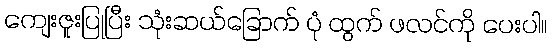
ကျေးဇူးပြုပြီး သုံးဆယ်ခြောက် ပုံ ထွက် ဖလင်ကို ပေးပါ။